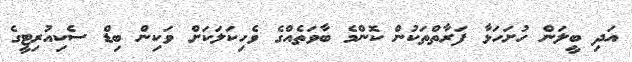
އަދި ބީލަން ހުށަހަޅާ ފަރާތްތަކުން ކޮންމެ ބާވަތެއްގެ ވެހިކަލަކަށް ވަކިން ބިޑް ސެކިއުރިޓީގެ